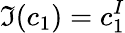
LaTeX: \Im(c_{1})=c_{1}^{I}